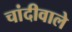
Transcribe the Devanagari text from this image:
चांदीवाले